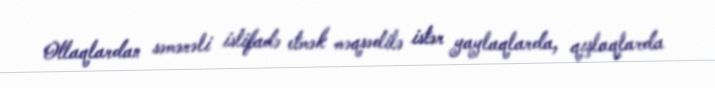
Otlaqlardan səmərəli istifadə etmək məqsədilə istər yaylaqlarda, qışlaqlarda